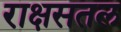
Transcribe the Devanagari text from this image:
राक्षसतल